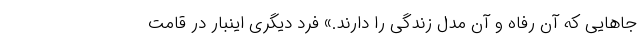
جاهایی که آن رفاه و آن مدل زندگی را دارند.» فرد دیگری اینبار در قامت